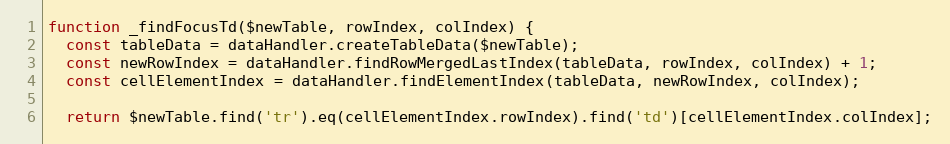
Language: JavaScript
function _findFocusTd($newTable, rowIndex, colIndex) {
  const tableData = dataHandler.createTableData($newTable);
  const newRowIndex = dataHandler.findRowMergedLastIndex(tableData, rowIndex, colIndex) + 1;
  const cellElementIndex = dataHandler.findElementIndex(tableData, newRowIndex, colIndex);

  return $newTable.find('tr').eq(cellElementIndex.rowIndex).find('td')[cellElementIndex.colIndex];